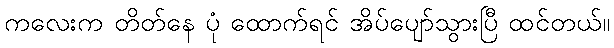
ကလေးက တိတ်နေ ပုံ ထောက်ရင် အိပ်ပျော်သွားပြီ ထင်တယ်။